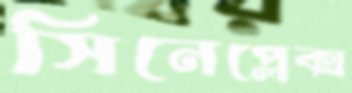
সিনেপ্লেক্স